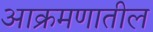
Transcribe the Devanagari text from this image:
आक्रमणातील